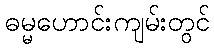
ဓမ္မဟောင်းကျမ်းတွင်